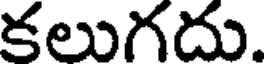
కలుగదు.